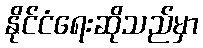
နိုင်ငံရေးဆိုသည်မှာ